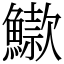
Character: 䲌